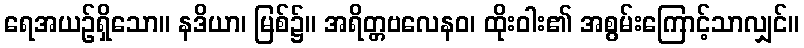
ရေအယဉ်ရှိသော။ နဒိယာ၊ မြစ်၌။ အရိတ္တဗလေနဝ၊ ထိုးဝါး၏ အစွမ်းကြောင့်သာလျှင်။